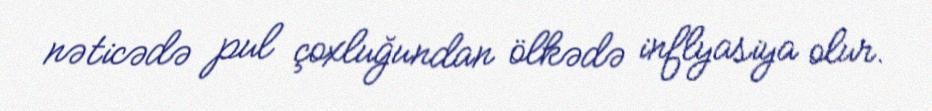
nəticədə pul çoxluğundan ölkədə inflyasiya olur.